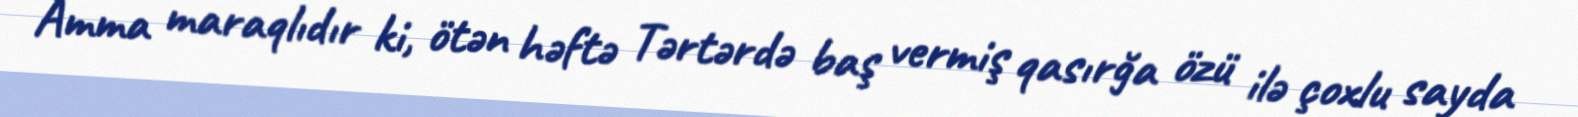
Amma maraqlıdır ki, ötən həftə Tərtərdə baş vermiş qasırğa özü ilə çoxlu sayda